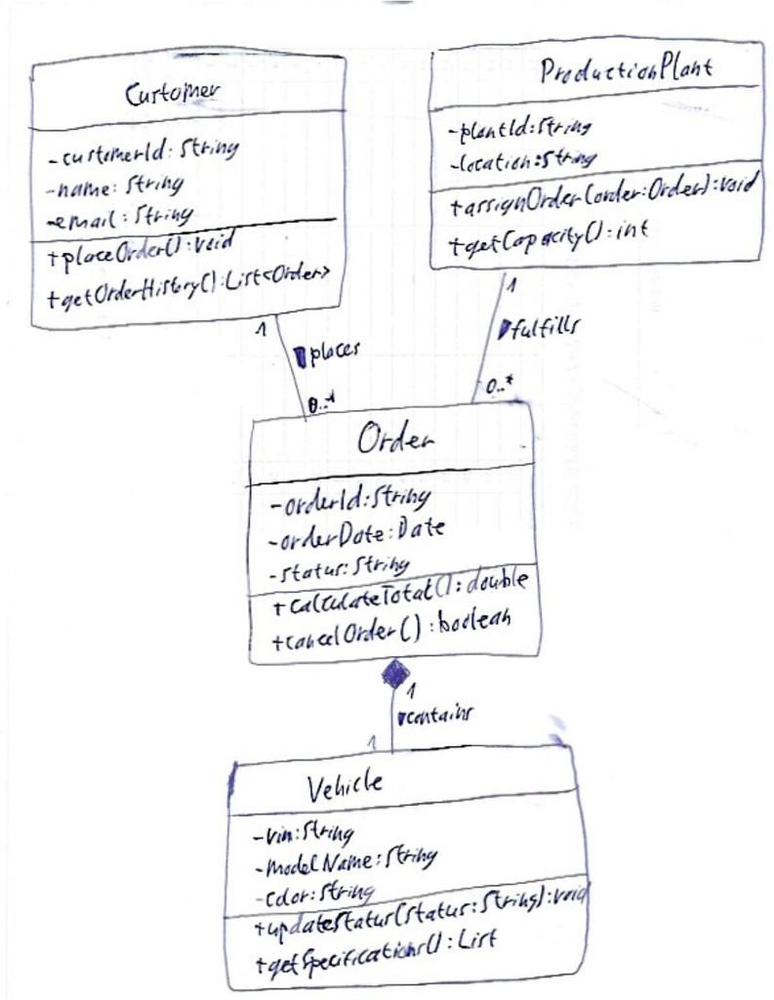
Diagram type: class_diagram
```plantuml
@startuml

class Vehicle {
    - vin: String
    - modelName: String
    - color: String
    + updateStatus(status: String): void
    + getSpecifications(): List
}

class Order {
    - orderId: String
    - orderDate: Date
    - status: String
    + calculateTotal(): double
    + cancelOrder(): boolean
}

class Customer {
    - customerId: String
    - name: String
    - email: String
    + placeOrder(): void
    + getOrderHistory(): List<Order>
}

class ProductionPlant {
    - plantId: String
    - location: String
    + assignOrder(order: Order): void
    + getCapacity(): int
}

Customer "1" -- "0..*" Order : places >
Order "1" *-- "1" Vehicle : contains >
ProductionPlant "1" -- "0..*" Order : fulfills >

@enduml
```